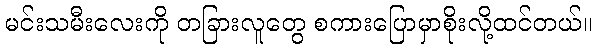
မင်းသမီးလေးကို တခြားလူတွေ စကားပြောမှာစိုးလို့ထင်တယ်။